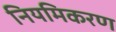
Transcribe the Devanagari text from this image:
नियमिकरण